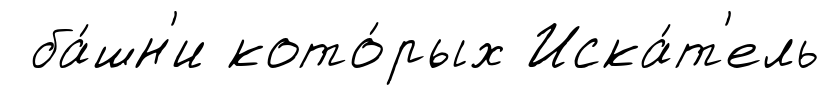
ба́шн'и кото́рых Иска́т'ель